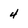
Character: 4